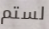
لستم